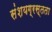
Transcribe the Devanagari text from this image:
संशयग्रस्तता